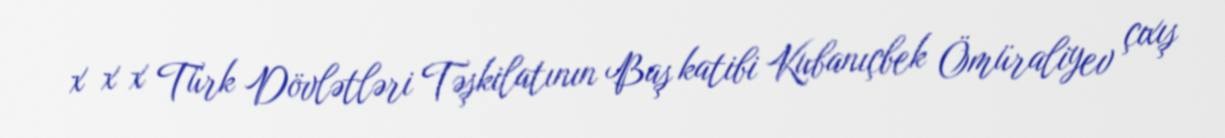
x x x Türk Dövlətləri Təşkilatının Baş katibi Kubanıçbek Ömüraliyev çıxış